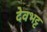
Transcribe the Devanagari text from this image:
देवभट्ट